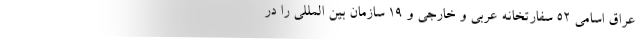
عراق اسامی ۵۲ سفارتخانه عربی و خارجی و ۱۹ سازمان بین‌ المللی را در